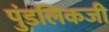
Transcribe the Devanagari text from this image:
पुंडलिकजी